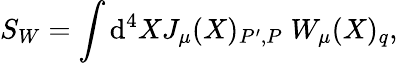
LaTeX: S_{W}=\int\mathrm{d}^{4}XJ_{\mu}(X)_{P^{\prime},P}\; W_{\mu}(X)_{q},